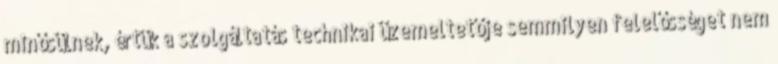
minősülnek, értük a szolgáltatás technikai üzemeltetője semmilyen felelősséget nem